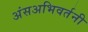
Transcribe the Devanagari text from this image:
अंसअभिवर्तनी